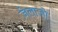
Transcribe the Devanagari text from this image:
ज़ेलाजो